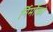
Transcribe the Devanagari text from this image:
र्निर्मोको